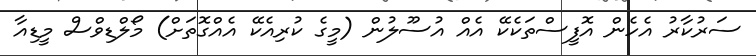
ސަރުކާރު އެހެން އޮފީސްތަކެކޭ އެއް އުސޫލުން (މީގެ ކުރިއެކޭ އެއްގޮތަށް) މޯލްޑިވްސް މީޑިއާ